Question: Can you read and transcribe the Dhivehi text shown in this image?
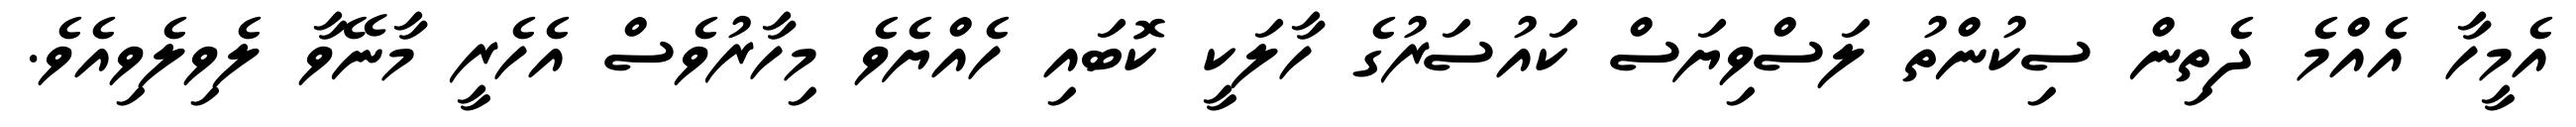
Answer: އެމީހާ އެއްމެ ދެތިން ސިކުންތު ލަސްވިޔަސް ކައުސަރުގެ ހާލަކީ ކޮބައި ހެއްޔެވެ މިހާރުވެސް އެހެރީ މާނޭވާ ލެވިލެވިއެވެ.